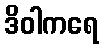
ဒိဝါကရေ